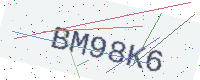
Text: BM98K6